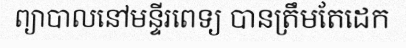
ព្យាបាលនៅមន្ទីរពេទ្យ បានត្រឹមតែដេក